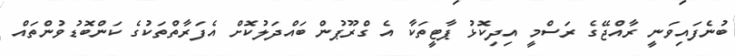
ބުނެފައިވަނީ ރާއްޖޭގެ ރަސްމީ އިދިކޮޅު ޕާޓީތަކާ އެ ގްރޫޕުން ބައްދަލުކޮށް އެފަރާތްތަކުގެ ކަންބޮޑުވުންތައް